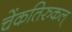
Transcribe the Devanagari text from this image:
चेंकतिरुकल्